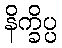
နိက္ခိပ္ပ